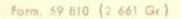
Form. 59 810 (2 661 Gr)